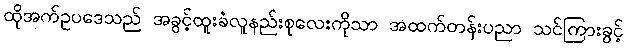
ထိုအက်ဥပဒေသည် အခွင့်ထူးခံလူနည်းစုလေးကိုသာ အထက်တန်းပညာ သင်ကြားခွင့်